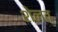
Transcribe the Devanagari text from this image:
शेलत